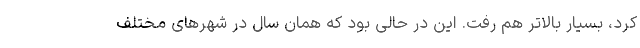
کرد، بسیار بالاتر هم رفت. این در حالی بود که همان سال در شهرهای مختلف